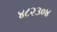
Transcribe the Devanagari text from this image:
४८२३०४